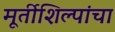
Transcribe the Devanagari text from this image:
मूर्तीशिल्पांचा